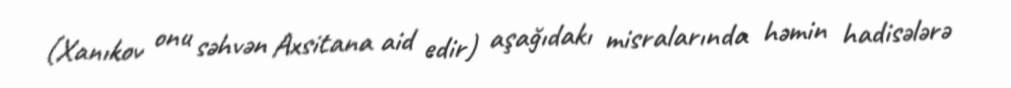
(Xanıkov onu səhvən Axsitana aid edir) aşağıdakı misralarında həmin hadisələrə